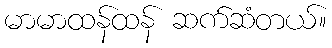
မာမာထန်ထန် ဆက်ဆံတယ်။